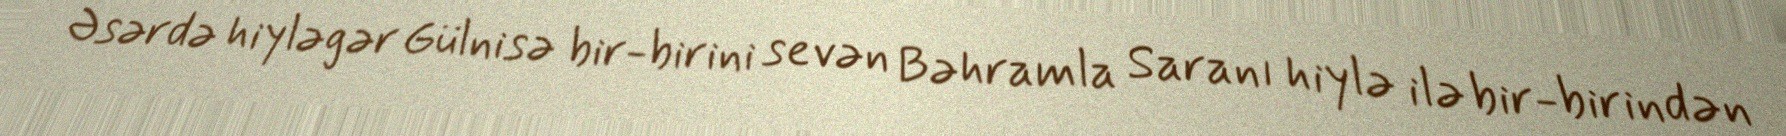
Əsərdə hiyləgər Gülnisə bir-birini sevən Bəhramla Saranı hiylə ilə bir-birindən